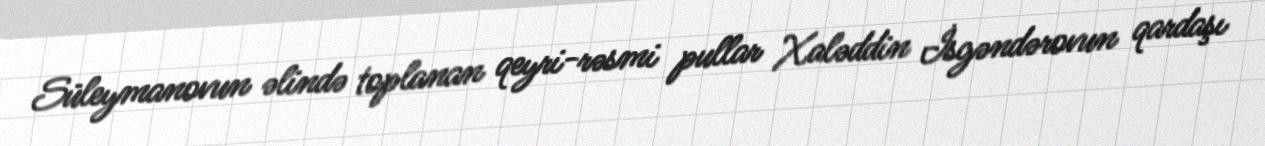
Süleymanovun əlində toplanan qeyri-rəsmi pullar Xaləddin İsgəndərovun qardaşı